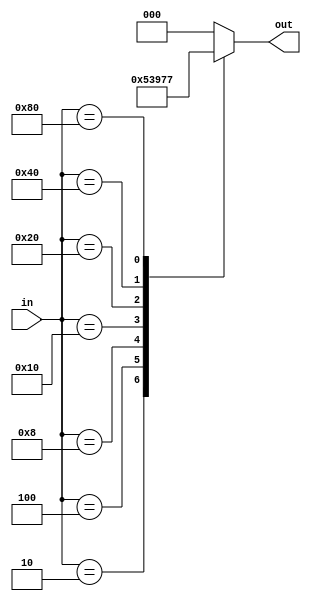
module encoder (
   input [7:0] in,
   output reg [2:0] out);
   
   always @(*) begin 
    case(in)
        8'b10: out = 3'b001;
        8'b100: out = 3'b010;
        8'b1000: out = 3'b011;
        8'b10000: out = 3'b100;
        8'b100000: out = 3'b101;
        8'b1000000: out = 3'b110;
        8'b10000000: out = 3'b111;
        default: out = 3'b000;
     endcase
    end
   
endmodule